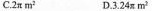
C.2\pi m^{2} D.3.24\pi m^{2}